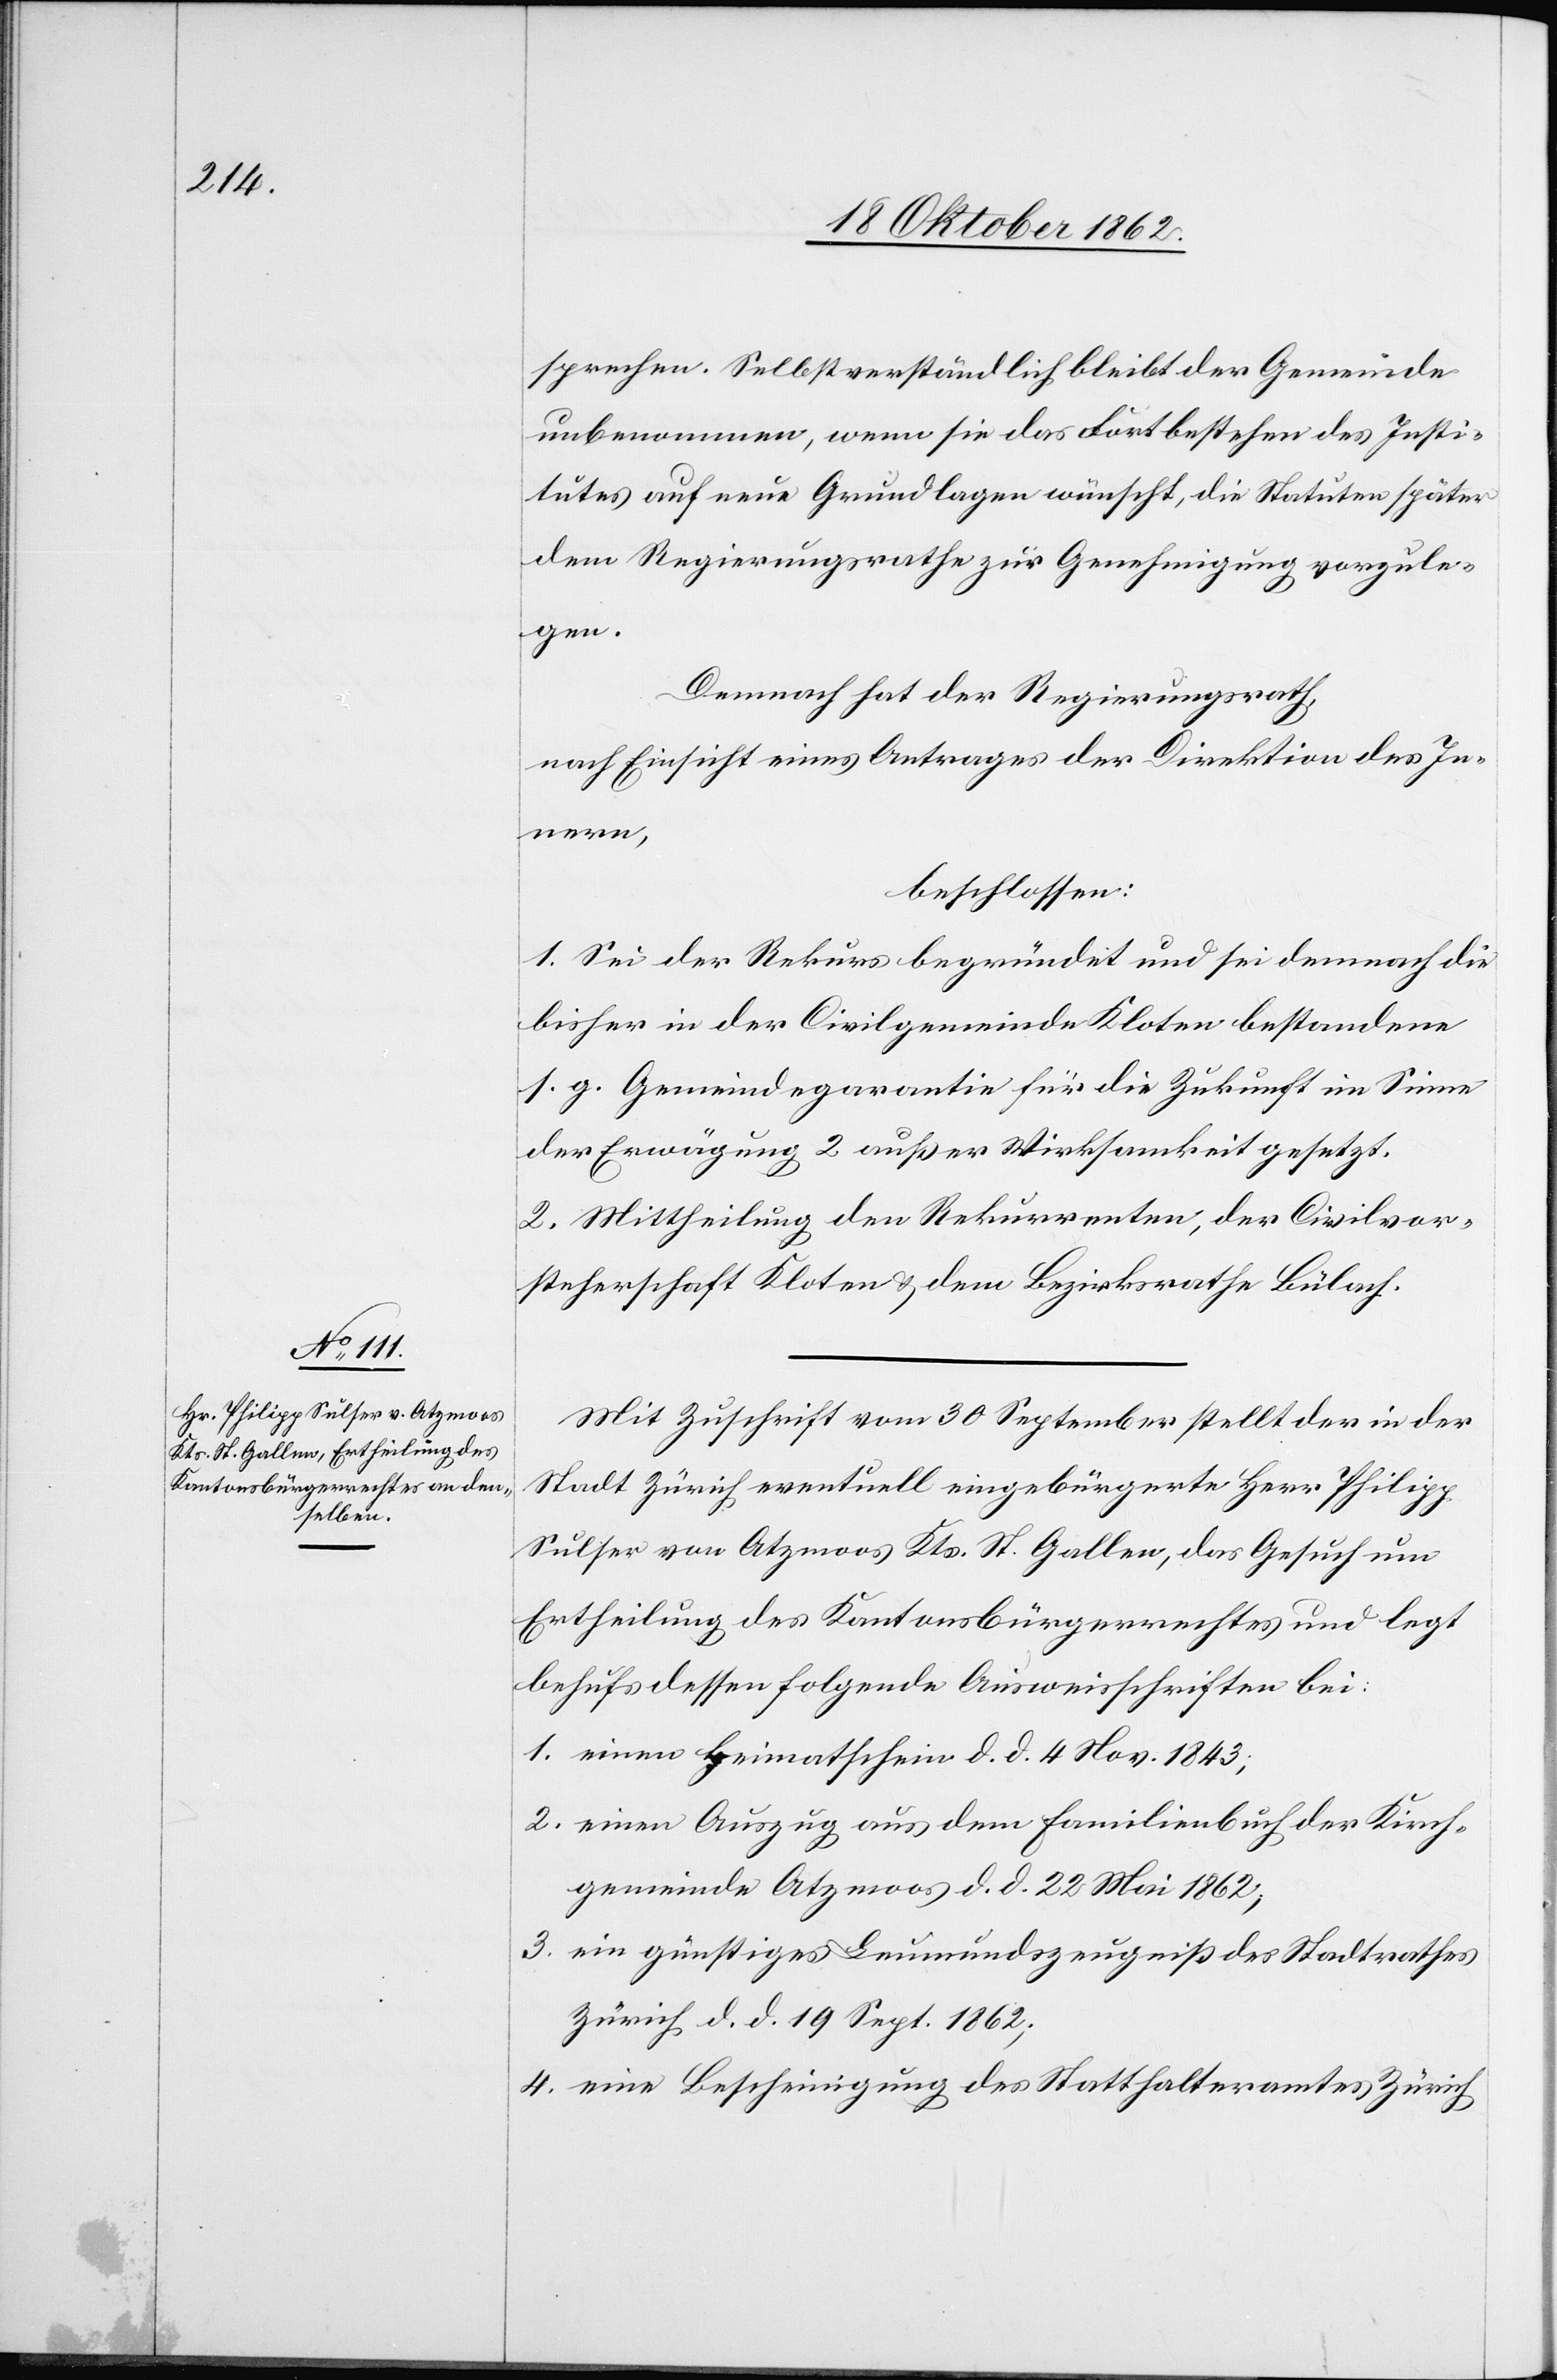
sprechen. Selbstverständlich bleibt der Gemeinde
unbenommen, wenn sie das Fortbestehen des Insti¬
tutes auf neue Grundlagen wünscht, die Statuen später
dem Regierungsrathe zur Genehmigung vorzule¬
gen.
Demnach hat der Regierungsrath
nach Einsicht eines Antrages der Direktion des In¬
nern,
beschlossen:
1. Sei der Rekurs begründet und sei demnach die
bisher in der Civilgemeinde Kloten bestandene
s. g. Gemeindegarantie für die Zukunft im Sinne
der Erwägung 2 außer Wirksamkeit gesetzt.
2. Mittheilung den Rekurrenten, der Civilvor¬
steherschaft Kloten u. dem Bezirksrathe Bülach.
Mit Zuschrift vom 30. September stellt der in der
Stadt Zürich eventuell eingebürgerte Herr Philipp
Sulser von Atzmoos Kts. St. Gallen, das Gesuch um
Ertheilung des Kantonsbürgerrechtes und legt
behufs dessen folgende Ausweisschriften bei:
1. einen Heimathschein d. d. 4. Nov. 1843;
2. einen Auszug aus dem Familienbuch der Kirch¬
gemeinde Atzmoos d. d. 22. Mai 1862;
3. ein günstiges Leumundszeugniß des Stadtrathes
Zürich, d. d. 19. Sept. 1862;
4. eine Bescheinigung des Statthalteramtes Zürich